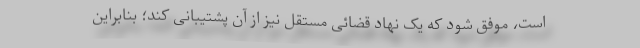
است، موفق شود که یک نهاد قضائی مستقل نیز از آن پشتیبانی کند؛ بنابراین